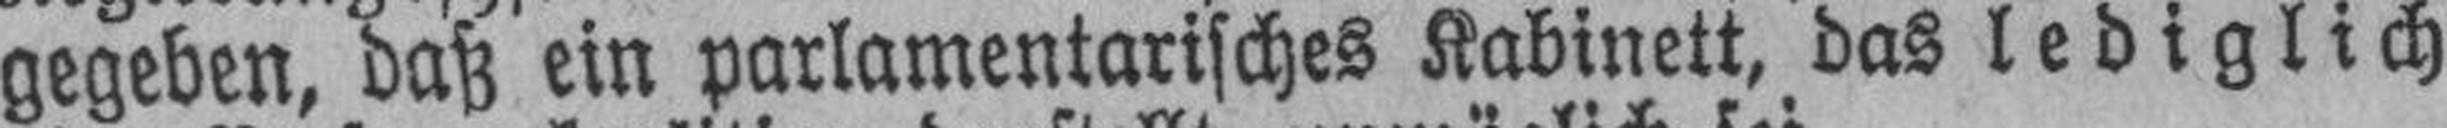
gegeben, daß ein parlamentarisches Kabinett, das lediglich